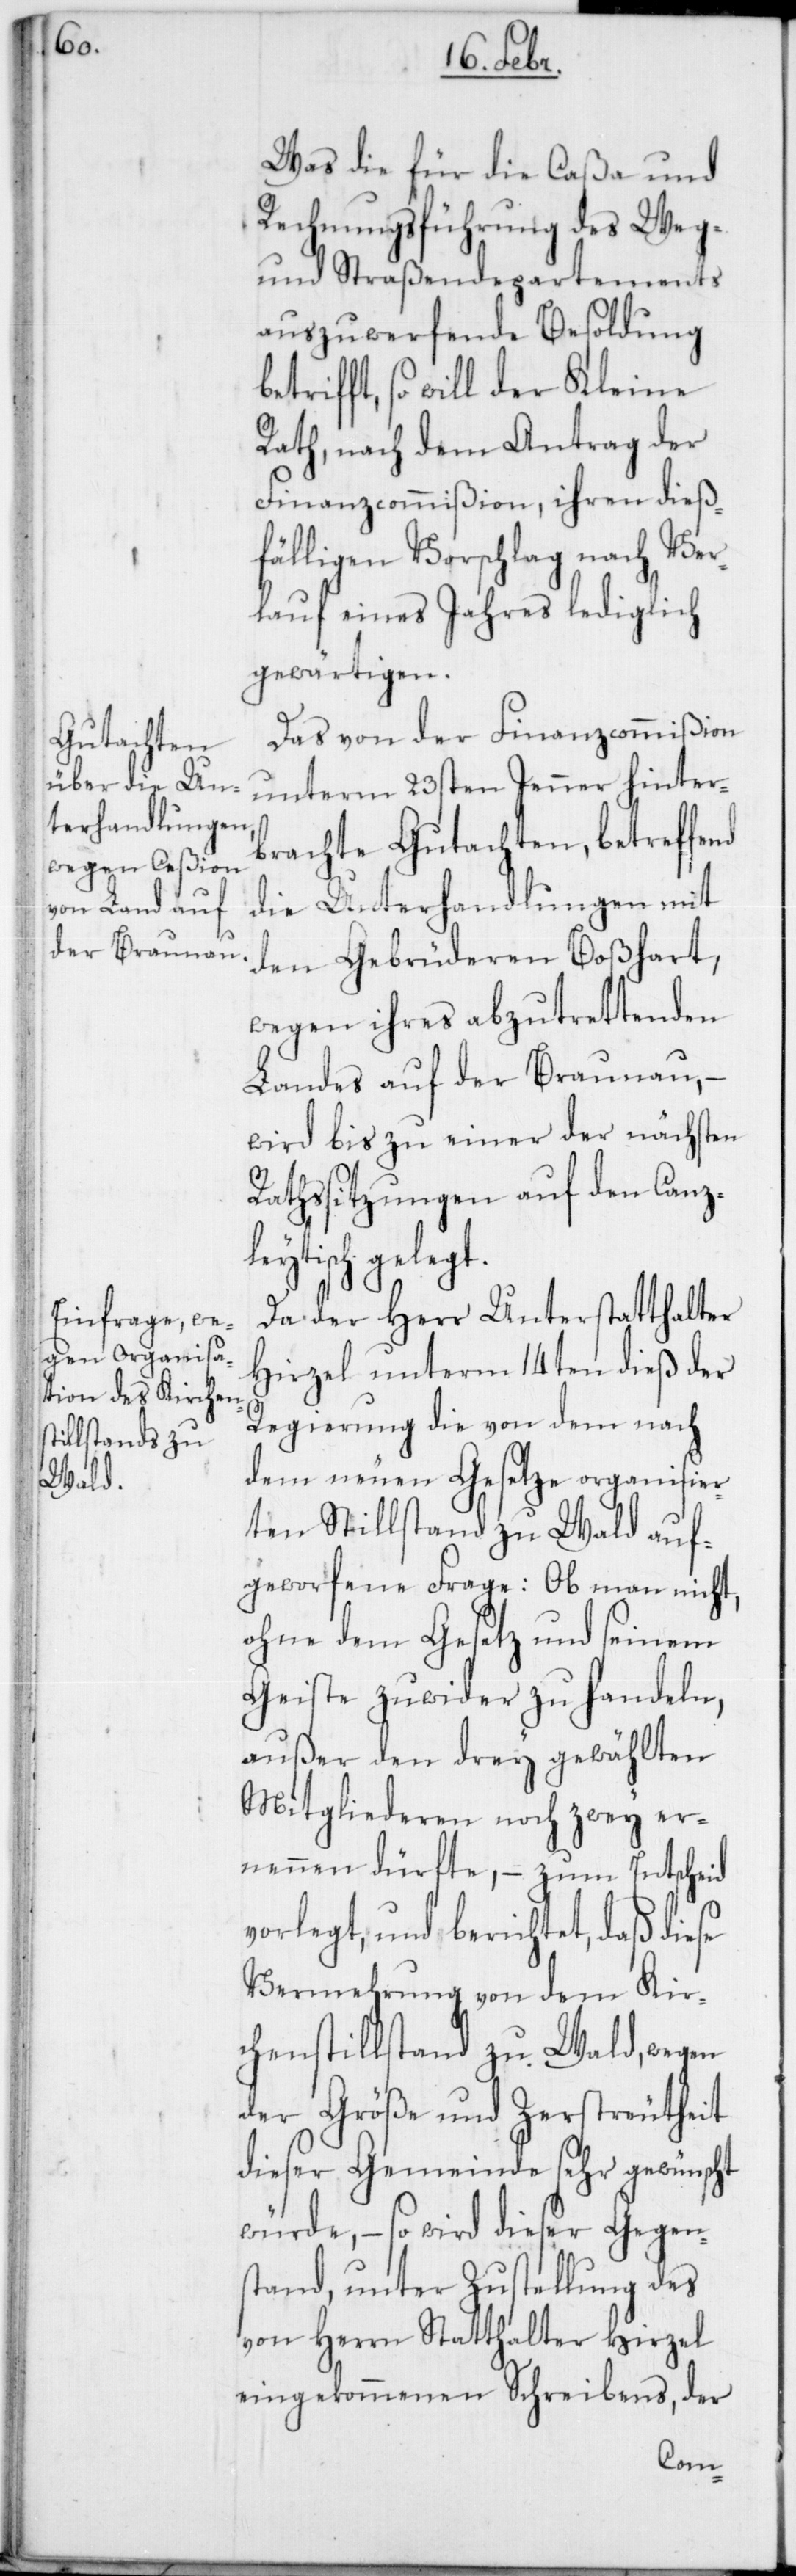
Was die für die Caßa und
Rechnungsführung des Weg-
und Straßendepartements
auszuwerfende Besoldung
betrifft, so will der Kleine
Rath, nach dem Antrag der
Finanzcommißion, ihren dieß¬
fälligen Vorschlag nach Ver¬
lauf eines Jahres lediglich
gewärtigen.
Das von der Finanzcommißion
unterm 23sten Jenner hinter¬
brachte Gutachten, betreffend
die Unterhandlungen mit
den Gebrüderen Boßhart,
wegen ihres abzutrettenden
Landes auf der Braunau, –
wird bis zu einer der nächsten
Rathssitzungen auf den Canz¬
leytisch gelegt.
Da der Herr Unterstatthalter
Hirzel unterm 14ten dieß der
Regierung die von dem nach
dem neuen Gesetze organisier¬
ten Stillstand zu Wald auf¬
geworfene Frage: Ob man nicht,
ohne dem Gesetz und seinem
Geiste zuwider zu handeln,
außer den drey gewählten
Mitgliederen noch zwey er¬
nennen dürfte, – zum Entscheid
vorlegt, und berichtet, daß diese
Vermehrung von dem Kir¬
chenstillstand zu Wald, wegen
der Größe und Zerstreutheit
dieser Gemeinde sehr gewünscht
würde, – so wird dieser Gegen¬
stand, unter Zustellung des
von Herrn Statthalter Hirzel
eingekommenen Schreibens, der